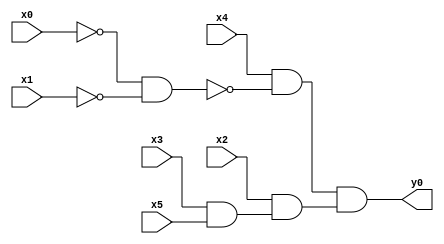
module top( x0 , x1 , x2 , x3 , x4 , x5 , y0 );
  input x0 , x1 , x2 , x3 , x4 , x5 ;
  output y0 ;
  wire n7 , n8 , n9 , n10 , n11 ;
  assign n7 = ~x0 & ~x1 ;
  assign n8 = x4 & ~n7 ;
  assign n9 = x3 & x5 ;
  assign n10 = x2 & n9 ;
  assign n11 = n8 & n10 ;
  assign y0 = n11 ;
endmodule